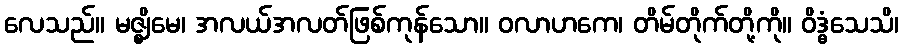
လေသည်။ မဇ္ဈိမေ၊ အလယ်အလတ်ဖြစ်ကုန်သော။ ဝလာဟကေ၊ တိမ်တိုက်တို့ကို။ ဝိဒ္ဓံသေသိ၊